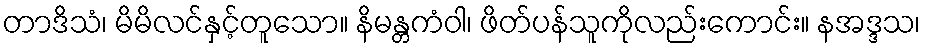
တာဒိသံ၊ မိမိလင်နှင့်တူသော။ နိမန္တကံဝါ၊ ဖိတ်ပန်သူကိုလည်းကောင်း။ နအဒ္ဒသ၊